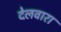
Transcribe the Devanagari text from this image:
देलवारा